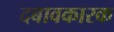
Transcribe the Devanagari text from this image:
दबावकारक